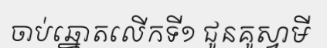
ចាប់ឆ្នោតលើកទី១ ជូនគូស្វាមី